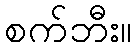
စက်ဘီး။